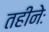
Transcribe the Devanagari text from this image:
तहीनेः